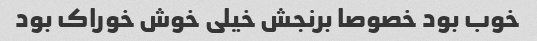
خوب بود خصوصا برنجش خیلی خوش خوراک بود